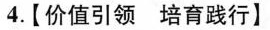
4.【价值引领培育践行】